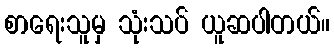
စာရေးသူမှ သုံးသပ် ယူဆပါတယ်။